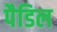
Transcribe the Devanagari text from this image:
पैडिल